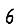
Digit: 6